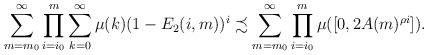
LaTeX: \begin{align*}\sum_{m=m_0}^\infty\prod_{i=i_0}^m\sum_{k=0}^\infty\mu(k)(1-E_2(i,m))^i\precsim\sum_{m=m_0}^\infty\prod_{i=i_0}^m\mu([0,2A(m)^{{ {\rho}}i}]).\end{align*}